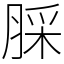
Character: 䐆